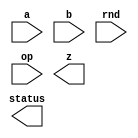
////////////////////////////////////////////////////////////////////////////////
//
//       This confidential and proprietary software may be used only
//     as authorized by a licensing agreement from Synopsys Inc.
//     In the event of publication, the following notice is applicable:
//
//                    (C) COPYRIGHT 2005 - 2023 SYNOPSYS INC.
//                           ALL RIGHTS RESERVED
//
//       The entire notice above must be reproduced on all authorized
//     copies.
//
//
// VERSION:   Verilog Simulation Model for FP adder/subtractor
//
// DesignWare_version: a1c20fe9
// DesignWare_release: U-2022.12-DWBB_202212.5
//
////////////////////////////////////////////////////////////////////////////////
//-------------------------------------------------------------------------------
//
// ABSTRACT: Floating-point two-operand Adder/Subtractor
//           Computes the addition/subtraction of two FP numbers. 
//           The format of the FP numbers is defined by the number of bits 
//           in the significand (sig_width) and the number of bits in the 
//           exponent (exp_width).
//           The total number of bits in the FP number is sig_width+exp_width+1
//           since the sign bit takes the place of the MS bits in the significand
//           which is always 1 (unless the number is a denormal; a condition 
//           that can be detected testing the exponent value).
//           The output is a FP number and status flags with information about
//           special number representations and exceptions. 
//           Subtraction is forced when op=1.
//              parameters      valid values (defined in the DW manual)
//              ==========      ============
//              sig_width       significand size,  2 to 253 bits
//              exp_width       exponent size,     3 to 31 bits
//              ieee_compliance supports the IEEE Compliance 
//                              including NaN and denormal expressions.
//                              0 - IEEE 754 compatible without denormal support
//                                  (NaN becomes Infinity, Denormal becomes Zero)
//                              1 - IEEE 754 standard compatible
//                                  (NaN and denormal numbers are supported)
//                              2 - Reserved for future use
//                              3 - IEEE 754 standard compatible
//                                  (complying NaN and denormal numbers are supported)
//
//              Input ports     Size & Description
//              ===========     ==================
//              a               (sig_width + exp_width + 1)-bits
//                              Floating-point Number Input
//              b               (sig_width + exp_width + 1)-bits
//                              Floating-point Number Input
//              rnd             3 bits
//                              rounding mode
//              op              1 bit
//                              add/sub control: 0 for add - 1 for sub
//
//              Output ports    Size & Description
//              ===========     ==================
//              z               (sig_width + exp_width + 1) bits
//                              Floating-point Number result
//              status          byte
//                              info about FP results
//
// MODIFIED:
//
// 3/22/2021  RJK        Addressed STAR 3625874 involving accepting the value
//                       on the 'rnd' input at time 0
//
// 5/14/2020  Tawalbeh   Fixing STAR 3201667 - (TINY status bit)       
//
// 1/31/2020  Tawalbeh   Added ieee_compliance =3 functionality to match the DWFC in: behavior of NaN representation,
// 		         and mapping the rouding modes from six to four (4 and 5 will map to 0 and 1 in DWFC). 
//			 Added Warning messages when "rnd" value equals '4' or '5'
//
// 12/14/06  Kyung-Nam   Modifications based on code review by Kyung-Nam 
//
// 7/21/2006     	- includes manipulation of inexact bit
//           		- fixes value assigned to HugeInfinity when rnd=4 (up) RND_eval
//           		- fixes some special cases when rounding close to inf and zero
// 
//-------------------------------------------------------------------------------

module DW_fp_addsub (a, b, rnd, op, z, status);
parameter integer sig_width=23;
parameter integer exp_width=8;  
parameter integer ieee_compliance=0;                    

// declaration of inputs and outputs
input  [sig_width+exp_width:0] a,b;
input  [2:0] rnd;
input  op;
output [7:0] status;
output [sig_width+exp_width:0] z;

    // synopsys translate_off

  //-------------------------------------------------------------------------
  // Parameter legality check
  //-------------------------------------------------------------------------
  
 
  initial begin : parameter_check
    integer param_err_flg;

    param_err_flg = 0;
    
  
    if ( (sig_width < 2) || (sig_width > 253) ) begin
      param_err_flg = 1;
      $display(
	"ERROR: %m :\n  Invalid value (%d) for parameter sig_width (legal range: 2 to 253)",
	sig_width );
    end
  
    if ( (exp_width < 3) || (exp_width > 31) ) begin
      param_err_flg = 1;
      $display(
	"ERROR: %m :\n  Invalid value (%d) for parameter exp_width (legal range: 3 to 31)",
	exp_width );
    end
  
    if ( (ieee_compliance==2) || (ieee_compliance<0) || (ieee_compliance>3) ) begin
      param_err_flg = 1;
      $display(
	"ERROR: %m : Illegal value of ieee_compliance. ieee_compliance must be 0, 1, or 3" );
    end
  
    if ( param_err_flg == 1) begin
      $display(
        "%m :\n  Simulation aborted due to invalid parameter value(s)");
      $finish;
    end

  end // parameter_check 




function [4-1:0] RND_eval;

  input [2:0] RND;
  input [0:0] Sign;
  input [0:0] L,R,STK;


  begin
  RND_eval[0] = 0;
  RND_eval[1] = R|STK;
  RND_eval[2] = 0;
  RND_eval[3] = 0;
  case (RND)
    3'b000:
    begin
      RND_eval[0] = R&(L|STK);
      RND_eval[2] = 1;
      RND_eval[3] = 0;
    end
    3'b001:
    begin
      RND_eval[0] = 0;
      RND_eval[2] = 0;
      RND_eval[3] = 0;
    end
    3'b010:
    begin
      RND_eval[0] = ~Sign & (R|STK);
      RND_eval[2] = ~Sign;
      RND_eval[3] = ~Sign;
    end
    3'b011:
    begin
      RND_eval[0] = Sign & (R|STK);
      RND_eval[2] = Sign;
      RND_eval[3] = Sign;
    end
    3'b100:
    begin
      RND_eval[0] = R;
      RND_eval[2] = 1;
      RND_eval[3] = 0;
    end
    3'b101:
    begin
      RND_eval[0] = R|STK;
      RND_eval[2] = 1;
      RND_eval[3] = 1;
    end
    default:
    begin
`ifndef DW_SUPPRESS_WARN
      if ($time > 0) begin
        $display ("WARNING: %m:\\n at time = %0t: Illegal rounding mode.", $time);
      end
`endif
    end
  endcase
  end

endfunction


// definitions used in the code

reg [8    -1:0] status_int;
reg [(exp_width + sig_width):0] z_temp,Large,Small;
reg [0:0] swap,subtract,STK;
reg [exp_width-1:0] E_Large,E_Small,E_Diff; // Exponents.
reg [sig_width-1:0] F_Large,F_Small;        // Fractions.
reg [exp_width+1:0] E_Comp;                 // The biggest possible exponent
reg [((sig_width + 3 + 3        ) - 2):0] M_Large,M_Small;       // The Mantissa numbers.
reg [((sig_width + 3 + 3        ) - 2):0] M_Z;                   // The Mantissa numbers.
reg [4-1:0] RND_val;         // Values returned by RND_eval function.
reg [(exp_width + sig_width):0] NaNFp;          // NaN FP number
reg [(exp_width + sig_width):0] b_int;          // internal value of b
reg Denormal_Large;                  // signals a denormal as a large operand
reg Denormal_Small;                  // signals a denormal as a small operand

// main process of information
always @(a or b or rnd or op)
  begin
    if (ieee_compliance == 3) 
      begin
        NaNFp = {1'b0,{exp_width{1'b1}},1'b1,{sig_width-1{1'b0}} } ;      
      end 
    else 
      begin
        NaNFp = {1'b0,{exp_width{1'b1}},{sig_width-1{1'b0}},1'b1};  
      end
 
  status_int = 0;
  b_int = b;
  b_int[(exp_width + sig_width)] = (op == 1)?~b[(exp_width + sig_width)]:b[(exp_width + sig_width)];
  subtract = a[(exp_width + sig_width)] ^ b_int[(exp_width + sig_width)];

  swap = a[((exp_width + sig_width) - 1):0] < b[((exp_width + sig_width) - 1):0];
  Large = swap ? b_int : a;
  Small = swap ? a : b_int;
  E_Large = Large[((exp_width + sig_width) - 1):sig_width];
  E_Small = Small[((exp_width + sig_width) - 1):sig_width];
  F_Large = Large[(sig_width - 1):0];
  F_Small = Small[(sig_width - 1):0];

  // 
  // NaN Input
  // 
  if ((((E_Large === ((((1 << (exp_width-1)) - 1) * 2) + 1)) && (F_Large !== 0)) ||
      ((E_Small === ((((1 << (exp_width-1)) - 1) * 2) + 1)) && (F_Large !== 0))) && ((ieee_compliance === 1) || (ieee_compliance === 3)))
    begin
      z_temp = NaNFp;
      status_int[2] = 1;
    end
  //
  // Infinity Input
  //
  else 
    if (E_Large === ((((1 << (exp_width-1)) - 1) * 2) + 1) && (F_Large === 0 || ieee_compliance === 0)) 
      begin
   	status_int[1] = 1;
        z_temp = Large;
        // zero out the fractional part
        z_temp[(sig_width - 1):0] = 0;
   	// Watch out for Inf-Inf !
   	if ( (E_Small === ((((1 << (exp_width-1)) - 1) * 2) + 1)) && (F_Large === 0 || ieee_compliance === 0) && (subtract === 1) )
    	  begin
            status_int[2] = 1;
            if ((ieee_compliance ===1) || (ieee_compliance === 3))   
              begin
                status_int[1] = 0;
                z_temp = NaNFp;
              end
            else
              z_temp[(exp_width + sig_width)] = 0;  // use positive inf. to represent NaN
   	  end
      end
    //
    // Zero Input (or denormal input when ieee_compliance == 0)
    //
    else 
      if (E_Small == 0 && ((ieee_compliance == 0) || (F_Small == 0)))
        begin
           z_temp = Large;
           // watch out for 0-0 !
	    if (E_Large === 0 && ((ieee_compliance == 0) || (F_Large == 0)))
      	     begin
      	       status_int[0] = 1;
               // Set the fraction to 000...
               z_temp = 0;
               if (subtract) 
                 if (rnd === 3'b011) z_temp[(exp_width + sig_width)] = 1;
                 else                z_temp[(exp_width + sig_width)] = 0;
               else                  z_temp[(exp_width + sig_width)] = a[(exp_width + sig_width)];
             end
// Check for large input being denormal, and set the Tiny bit
  if (E_Large == 0 && F_Large != 0 && (ieee_compliance == 1 || ieee_compliance == 3))
    status_int[3] =1;      
  end
      //
      // Normal Inputs
      //
      else
        begin
          // Detect the denormal input case
          if ((E_Large == 0) && (F_Large != 0)) 
            begin
              // M_Large contains the Mantissa of denormal value
              M_Large = {2'b00,F_Large,3'b000};
              Denormal_Large = 1'b1;
            end
          else
            begin
              // M_Large is the Mantissa for Large number
              M_Large = {2'b01,F_Large,3'b000};
              Denormal_Large = 1'b0;
            end
   
          if ((E_Small == 0) && (F_Small != 0)) 
            begin
              // M_Small contains the Mantissa of denormal value
              M_Small = {2'b00,F_Small,3'b000};
              Denormal_Small = 1'b1;
            end
          else
            begin
              // M_Small is the Mantissa for Small number
              M_Small = {2'b01,F_Small,3'b000};
              Denormal_Small = 1'b0;
            end

          // When one of the inputs is a denormal, we need to
          // compensate because the exponent for a denormal is
          // actually 1, and not 0.
          if ((Denormal_Large ^ Denormal_Small) == 1'b1) 
            E_Diff = E_Large - E_Small - 1;
	  else
            E_Diff = E_Large - E_Small;

          // Shift right by E_Diff for Small number: M_Small.
          STK = 0;
          while ( (M_Small != 0) && (E_Diff != 0) )
            begin
              STK = M_Small[0] | STK;
              M_Small = M_Small >> 1;
              E_Diff = E_Diff - 1;
            end
          M_Small[0] = M_Small[0] | STK;

          // Compute M_Z result: a +/- b
          if (subtract === 0) M_Z = M_Large + M_Small;
          else M_Z = M_Large - M_Small;

          // ----------------------------------------------------------
          //  Post Process
          // -----------------------------------------------------------
          E_Comp = {2'b00, E_Large};

          //
          // Exact 0 special case after the computation.
          //
            if (M_Z === 0)
              begin
                status_int[0] = 1;
                z_temp = 0;
                // If rounding mode is -Infinity, the sign bit is 1; 
                // otherwise the sign bit is 0.
                if (rnd === 3'b011) z_temp[(exp_width + sig_width)] = 1;
              end
            //
            // Normal case after the computation.
            //
            else
              begin
                // Normalize the Mantissa for computation overflow case.
                if (M_Z[((sig_width + 3 + 3        ) - 2)] === 1)
                  begin
                    E_Comp = E_Comp + 1;
                    STK = M_Z[0];
                    M_Z = M_Z >> 1;
                    M_Z[0] = M_Z[0] | STK;
                  end

                // Normalize the Mantissa for leading zero case.
                while ( (M_Z[((sig_width + 3 + 3        ) - 2)-1] === 0) && (E_Comp > 1) )
                  begin
                    E_Comp = E_Comp - 1;
                    M_Z = M_Z << 1;
                  end
	
                // test if the output of the normalization unit is still not normalized
                if (M_Z[((sig_width + 3 + 3        ) - 2):((sig_width + 3 + 3        ) - 2)-1] === 0)
	          if ((ieee_compliance == 1) || (ieee_compliance === 3)) 
                    begin
                      z_temp = {Large[(exp_width + sig_width)],{exp_width{1'b0}}, M_Z[((sig_width + 3 + 3        ) - 2)-2:3]};
		      status_int[3] = ~status_int[2] ; 
                      if ((STK == 1) || (M_Z[(3 - 1):0] != 0))
                        status_int[5] = 1;
                      if (M_Z[((sig_width + 3 + 3        ) - 2)-2:3] == 0) 
                        status_int[0] = 1; 
                    end
                  else // when denormal is not used --> becomes zero or minFP
                    begin
                      if ((rnd == 2 & ~Large[(exp_width + sig_width)]) | 
                          (rnd == 3 & Large[(exp_width + sig_width)]) | 
                          (rnd == 5)) 
                        begin
                          z_temp = {Large[(exp_width + sig_width)],{exp_width-1{1'b0}},{1'b1},{sig_width{1'b0}}};
                          status_int[0] = 0;
                        end
                      else
                        begin
                          z_temp = {Large[(exp_width + sig_width)],{exp_width{1'b0}}, {sig_width{1'b0}}};
                          status_int[0] = 1;
                        end
                      status_int[3] = 1;
                      status_int[5] = 1;
                    end
                else
                  begin
                    // Round M_Z according to the rounding mode (rnd). 
           	    if (ieee_compliance == 3) 
             	      begin
               		RND_val = RND_eval({1'b0, rnd[1:0]}, Large[(exp_width + sig_width)], M_Z[3], M_Z[(3 - 1)], (|{M_Z[1:0]})); 
             	      end  
           	    else
	     	      begin
               		RND_val = RND_eval(rnd, Large[(exp_width + sig_width)], M_Z[3], M_Z[(3 - 1)], (|{M_Z[1:0]}));      
             	      end

                  if (RND_val[0] === 1) M_Z = M_Z + (1<<3);
 
                    // Normalize the Mantissa for overflow case after rounding.
                    if ( (M_Z[((sig_width + 3 + 3        ) - 2)] === 1) )
                      begin
                        E_Comp = E_Comp + 1;
                        M_Z = M_Z >> 1;
                      end

                    //
                    // Huge
                    //
                    if (E_Comp >= ((((1 << (exp_width-1)) - 1) * 2) + 1))
                      begin
                        status_int[4] = 1;
                        status_int[5] = 1;
                        if(RND_val[2] === 1)
                          begin
                            // Infinity
                            M_Z[((sig_width + 3 + 3        ) - 2)-2:3] = 0;
                            E_Comp = ((((1 << (exp_width-1)) - 1) * 2) + 1);
                            status_int[1] = 1;
                          end
                        else
                          begin
                            // MaxNorm
                            E_Comp = ((((1 << (exp_width-1)) - 1) * 2) + 1) - 1;
                            M_Z[((sig_width + 3 + 3        ) - 2)-2:3] = -1;
                          end
                      end
                    //
                    // Tiny or Denormal
                    //
                    else 
                      if (E_Comp <= 0) E_Comp = 0 + 1;
    
                    //
                    // Normal  (continues)
                    //
                    status_int[5] = status_int[5] | RND_val[1];
                    // Reconstruct the floating point format.
                    z_temp = {Large[(exp_width + sig_width)],E_Comp[exp_width-1:0],M_Z[((sig_width + 3 + 3        ) - 2)-2:3]};
                  end //  result is normal value 
              end  // Normal computation case
        end    // non-special inputs
end

assign status = ((^(a ^ a) !== 1'b0) || (^(b ^ b) !== 1'b0) || (^(rnd ^ rnd) !== 1'b0) || (^(op ^ op) !== 1'b0)) ? {8'bx} : status_int;
assign z = ((^(a ^ a) !== 1'b0) || (^(b ^ b) !== 1'b0) || (^(rnd ^ rnd) !== 1'b0) || (^(op ^ op) !== 1'b0)) ? {sig_width+exp_width+1{1'bx}} : z_temp;

reg msg_rnd4_emitted_once;
reg msg_rnd5_emitted_once;
initial begin
  msg_rnd4_emitted_once = 1'b0;
  msg_rnd5_emitted_once = 1'b0;
end

generate
  if (ieee_compliance == 3) begin : GEN_IC_EQ_3
    always @ (rnd) begin : warning_alert_PROC
      if ((rnd == 3'b100) && (msg_rnd4_emitted_once !== 1'b1)) begin
        $display("############################################################");
        $display("############################################################");
        $display("##");
        $display("## At time: %d", $stime);
        $display("## Warning! : from %m");
        $display("##");
        $display("##      The rnd input was set to a value of 4 and with");
        $display("##      ieee_compliance set to 3 internal rounding will");
        $display("##      follow the same behavior as if rnd input is being");
        $display("##      set to 0.  That is, the IEEE standard rounding mode");
        $display("##      of 'round to nearest even' is used when rnd input");
        $display("##      is set to a value of 4.");
        $display("##");
        $display("############################################################");
        $display("############################################################");
        $display(" ");
        msg_rnd4_emitted_once = 1'b1;
      end

      if ((rnd == 3'b101) && (msg_rnd5_emitted_once !== 1'b1)) begin
        $display("############################################################");
        $display("############################################################");
        $display("##");
        $display("## At time: %d", $stime);
        $display("## Warning! : from %m");
        $display("##");
        $display("##      The rnd input was set to a value of 5 and with");
        $display("##      ieee_compliance set to 3 internal rounding will");
        $display("##      follow the same behavior as if rnd input is being");
        $display("##      set to 1.  That is, the IEEE standard rounding mode");
        $display("##      of 'round to zero' is used when rnd input is set");
        $display("##      to a value of 5.");
        $display("##");
        $display("############################################################");
        $display("############################################################");
        $display(" ");
        msg_rnd5_emitted_once = 1'b1;
      end
    end
  end  // GEN_IC_EQ_3
endgenerate

    // synopsys translate_on

endmodule